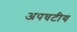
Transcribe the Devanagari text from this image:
अपघटीय